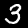
Digit: 3